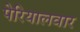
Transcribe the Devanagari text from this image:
पेरियालवार